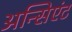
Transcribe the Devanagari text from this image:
अन्सिएंट